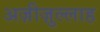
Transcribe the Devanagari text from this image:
अज़ीज़ुल्लाह